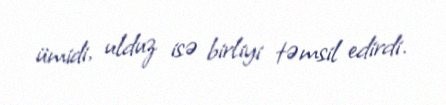
ümidi, ulduz isə birliyi təmsil edirdi.